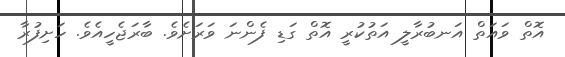
އޮތް ވައަތް އަނބުރާލީ އަތުކުރީ އޮތް ގަޑި ފެންނަ ވަރަށެވެ. ބާރަޖެހީއެވެ. ހަށިފުރާ